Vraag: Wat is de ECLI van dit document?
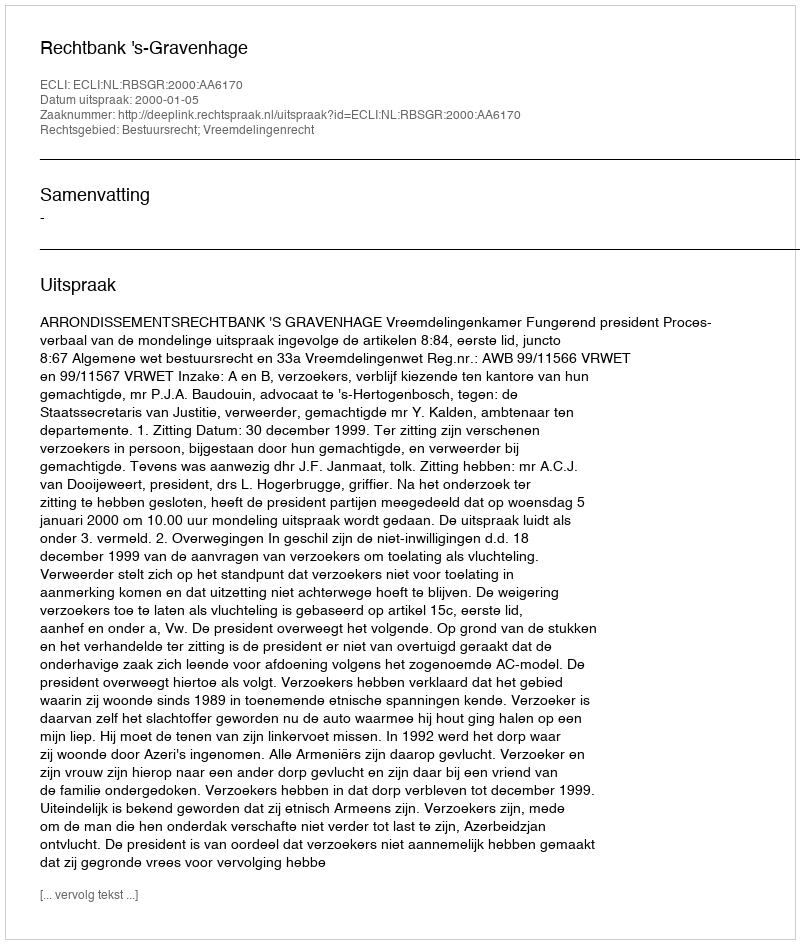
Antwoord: ECLI:NL:RBSGR:2000:AA6170